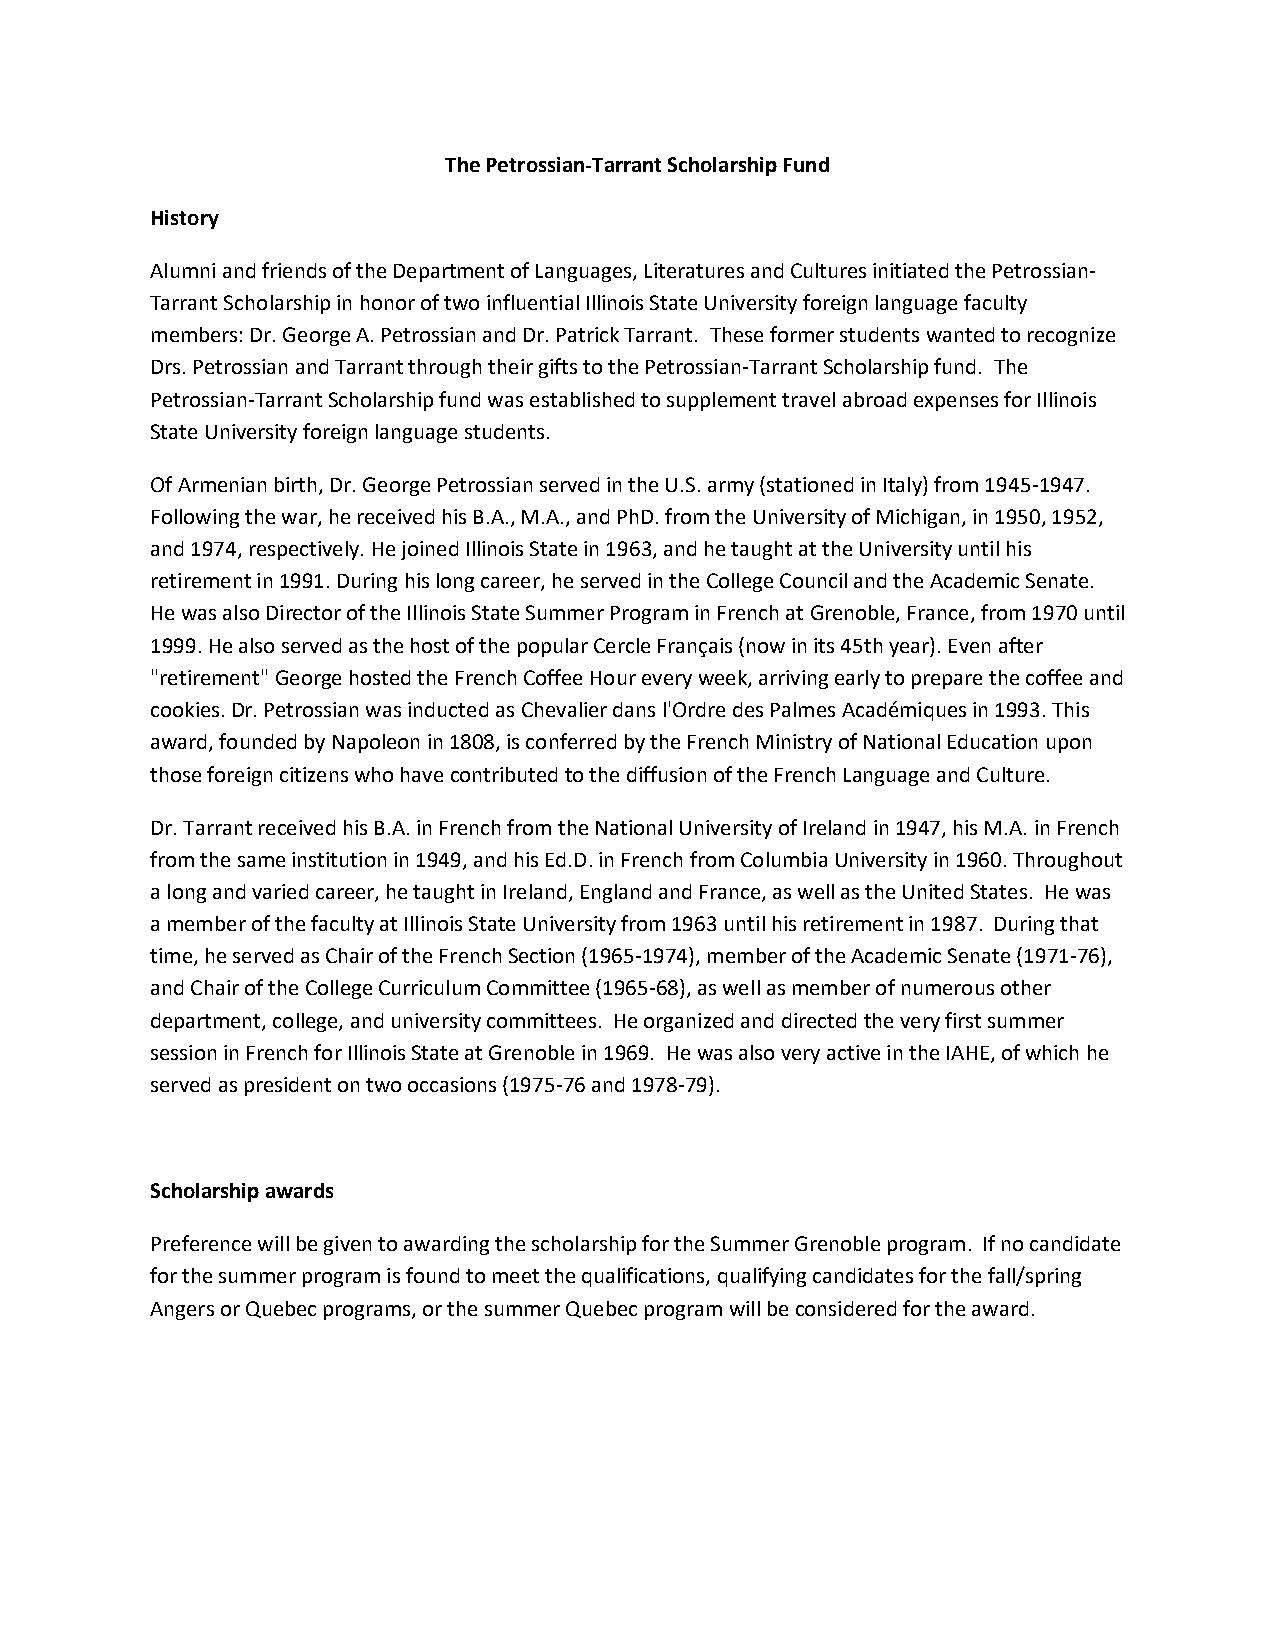
The Petrossian-Tarrant Scholarship Fund
 History
 Alumni and friends of the Department of Languages, Literatures and Cultures initiated the Petrossian-
 Tarrant Scholarship in honor of two influential Illinois State University foreign language faculty
 members: Dr. George A. Petrossian and Dr. Patrick Tarrant. These former students wanted to recognize
 Drs. Petrossian and Tarrant through their gifts to the Petrossian-Tarrant Scholarship fund. The
 Petrossian-Tarrant Scholarship fund was established to supplement travel abroad expenses for Illinois
 State University foreign language students.
 Of Armenian birth, Dr. George Petrossian served in the U.S. army (stationed in Italy) from 1945-1947.
 Following the war, he received his B.A., M.A., and PhD. from the University of Michigan, in 1950, 1952,
 and 1974, respectively. He joined Illinois State in 1963, and he taught at the University until his
 retirement in 1991. During his long career, he served in the College Council and the Academic Senate.
 He was also Director of the Illinois State Summer Program in French at Grenoble, France, from 1970 until
 1999. He also served as the host of the popular Cercle Français (now in its 45th year). Even after
 "retirement" George hosted the French Coffee Hour every week, arriving early to prepare the coffee and
 cookies. Dr. Petrossian was inducted as Chevalier dans l'Ordre des Palmes Académiques in 1993. This
 award, founded by Napoleon in 1808, is conferred by the French Ministry of National Education upon
 those foreign citizens who have contributed to the diffusion of the French Language and Culture.
 Dr. Tarrant received his B.A. in French from the National University of Ireland in 1947, his M.A. in French
 from the same institution in 1949, and his Ed.D. in French from Columbia University in 1960. Throughout
 a long and varied career, he taught in Ireland, England and France, as well as the United States. He was
 a member of the faculty at Illinois State University from 1963 until his retirement in 1987. During that
 time, he served as Chair of the French Section (1965-1974), member of the Academic Senate (1971-76),
 and Chair of the College Curriculum Committee (1965-68), as well as member of numerous other
 department, college, and university committees. He organized and directed the very first summer
 session in French for Illinois State at Grenoble in 1969. He was also very active in the IAHE, of which he
 served as president on two occasions (1975-76 and 1978-79).
 Scholarship awards
 Preference will be given to awarding the scholarship for the Summer Grenoble program. If no candidate
 for the summer program is found to meet the qualifications, qualifying candidates for the fall/spring
 Angers or Quebec programs, or the summer Quebec program will be considered for the award.